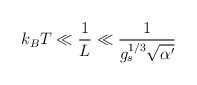
\begin{align*}k_BT\ll \frac{1}{L} \ll\frac{1}{g_s^{1/3}\sqrt{\alpha'}}\end{align*}